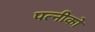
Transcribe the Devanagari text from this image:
पत्नीको